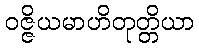
ဝဇ္ဇိယမာဟိတုတ္တိယာ